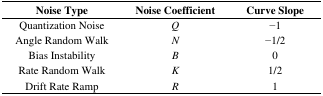
<table><thead><tr><td><b>Noise Type</b></td><td><b>Noise Coefficient</b></td><td><b>Curve Slope</b></td></tr></thead><tbody><tr><td>Quantization Noise</td><td><i>Q</i></td><td>−1</td></tr><tr><td>Angle Random Walk</td><td><i>N</i></td><td>−1/2</td></tr><tr><td>Bias Instability</td><td><i>B</i></td><td>0</td></tr><tr><td>Rate Random Walk</td><td><i>K</i></td><td>1/2</td></tr><tr><td>Drift Rate Ramp</td><td><i>R</i></td><td>1</td></tr></tbody></table>